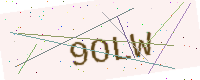
Text: 9OLW